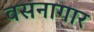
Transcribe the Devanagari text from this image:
वसनागार